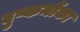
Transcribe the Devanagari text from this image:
दुष्कर्मोका